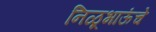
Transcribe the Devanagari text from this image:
निळूभाऊंचे